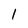
Character: 1